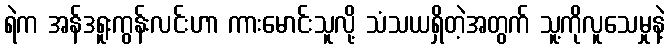
ရဲက အန်ဒရူးကွန်းလင်းဟာ ကားမောင်းသူလို့ သံသယရှိတဲ့အတွက် သူ့ကိုလူသေမှုနဲ့